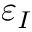
\varepsilon _ { I }